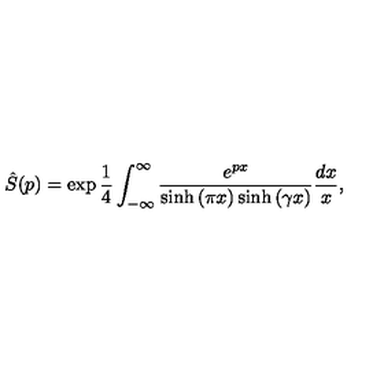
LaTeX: \hat { S } ( p ) = \exp \frac { 1 } { 4 } \int _ { - \infty } ^ { \infty } \frac { e ^ { p x } } { \sinh { ( \pi x ) } \sinh { ( \gamma x ) } } \frac { d x } { x } ,